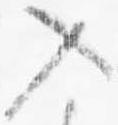
入